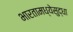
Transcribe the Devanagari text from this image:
भारतामध्येसुद्धा